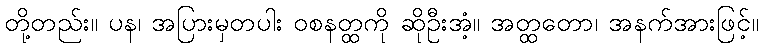
တို့တည်း။ ပန၊ အပြားမှတပါး ဝစနတ္ထကို ဆိုဦးအံ့။ အတ္ထတော၊ အနက်အားဖြင့်။